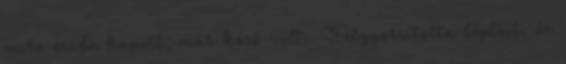
mire észbe kapott, már késő volt. Felgyorsította lépteit, és